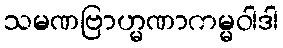
သမဏဗြာဟ္မဏာကမ္မဝါဒါ